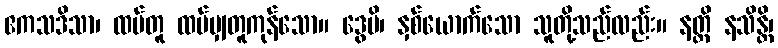
ဧကသဒိသာ၊ ထပ်တူ ထပ်မျှတူကုန်သော။ ဒွေပိ၊ နှစ်ယောက်သော သူတို့သည်လည်း။ နတ္ထိ နသိန္တိ၊